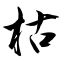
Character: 枯